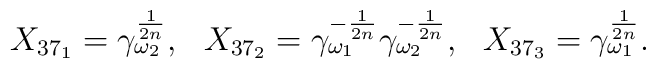
\begin{array}{lll}X_{37_{1}}=\gamma_{\omega_{2}}^{\frac{1}{2n}}, &  X_{37_{2}}=\gamma_{\omega_{1}}^{-\frac{1}{2n}}\gamma_{\omega_{2}}^{-\frac{1}{2n}}, & X_{37_{3}}=\gamma_{\omega_{1}}^{\frac{1}{2n}}. \end{array}